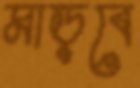
মাড়বে